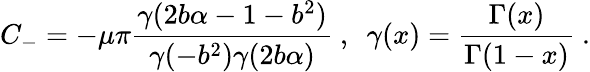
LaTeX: C_{-}=-\mu\pi\frac{\gamma(2b\alpha-1-b^{2})}{\gamma(-b^{2})\gamma(2b\alpha)}~,~~\gamma(x)=\frac{\Gamma(x)}{\Gamma(1-x)}~.